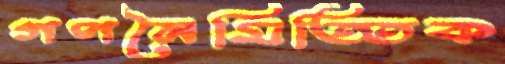
গণনৈমিত্তিক